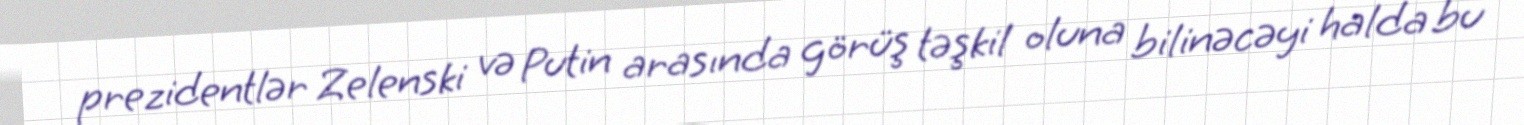
prezidentlər Zelenski və Putin arasında görüş təşkil oluna bilinəcəyi halda bu